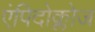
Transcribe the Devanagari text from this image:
एंपिदोक्लोज